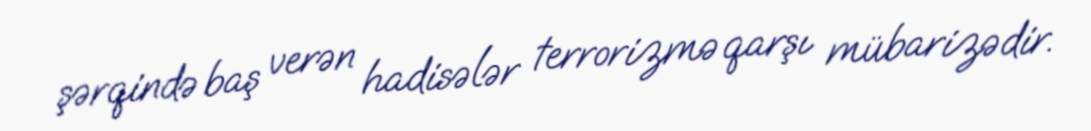
şərqində baş verən hadisələr terrorizmə qarşı mübarizədir.